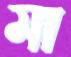
মা